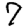
Digit: 7